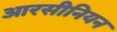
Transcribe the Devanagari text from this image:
आरसीनियन